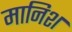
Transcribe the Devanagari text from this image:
मानिश